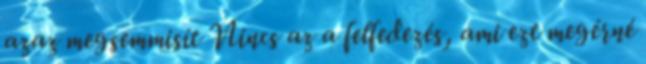
azaz megsemmisít Nincs az a felfedezés, ami ezt megérné